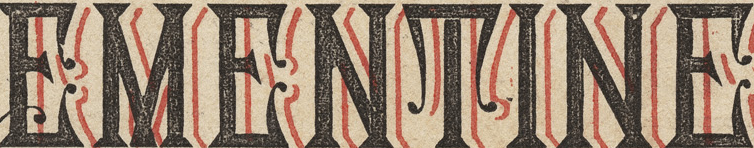
EMENTINE